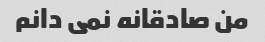
من صادقانه نمی دانم